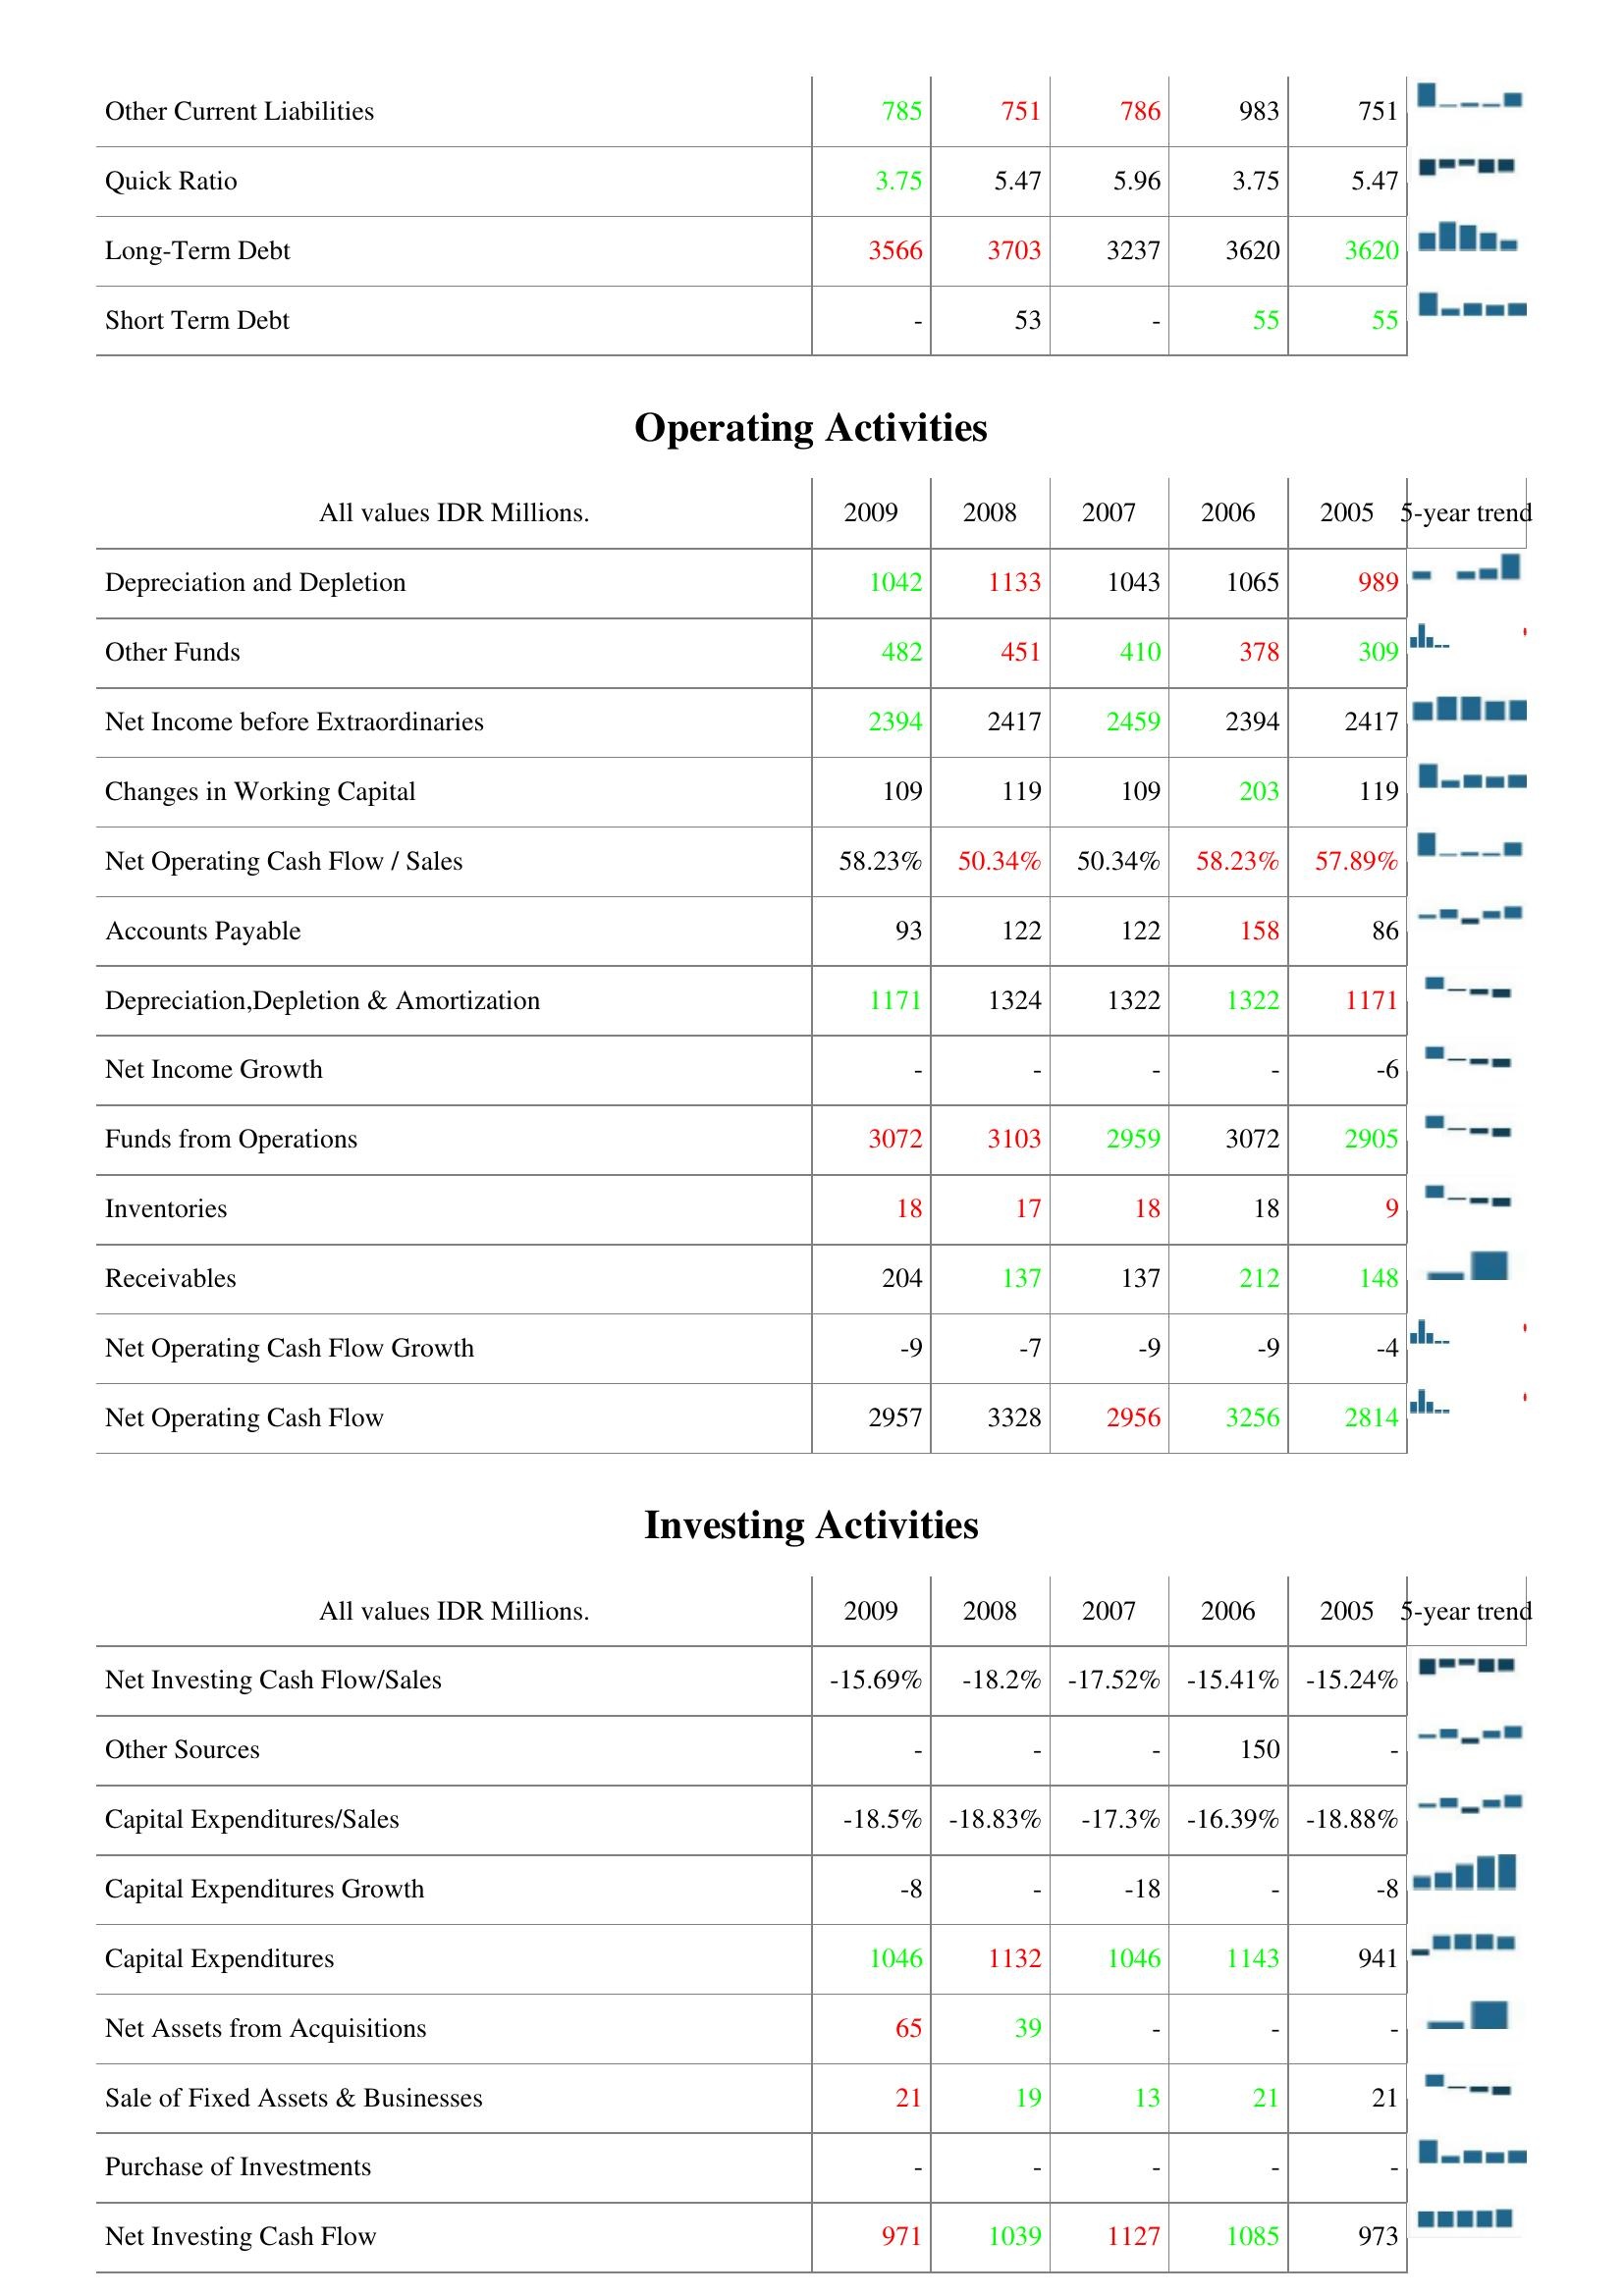
2009: Liabilities & Shareholder's Equity: Other Current Liabilities: 785
Quick Ratio: 3.75
Long-Term Debt: 3566
Short Term Debt: -
Operating Activities: Depreciation and Depletion: 1042
Other Funds: 482
Net Income before Extraordinaries: 2394
Changes in Working Capital: 109
Net Operating Cash Flow / Sales: 58.23%
Accounts Payable: 93
Depreciation,Depletion & Amortization: 1171
Net Income Growth: -
Funds from Operations: 3072
Inventories: 18
Receivables: 204
Net Operating Cash Flow Growth: -9
Net Operating Cash Flow: 2957
Investing Activities: Net Investing Cash Flow/Sales: -15.69%
Other Sources: -
Capital Expenditures/Sales: -18.5%
Capital Expenditures Growth: -8
Capital Expenditures: 1046
Net Assets from Acquisitions: 65
Sale of Fixed Assets & Businesses: 21
Purchase of Investments: -
Net Investing Cash Flow: 971
2008: Liabilities & Shareholder's Equity: Other Current Liabilities: 751
Quick Ratio: 5.47
Long-Term Debt: 3703
Short Term Debt: 53
Operating Activities: Depreciation and Depletion: 1133
Other Funds: 451
Net Income before Extraordinaries: 2417
Changes in Working Capital: 119
Net Operating Cash Flow / Sales: 50.34%
Accounts Payable: 122
Depreciation,Depletion & Amortization: 1324
Net Income Growth: -
Funds from Operations: 3103
Inventories: 17
Receivables: 137
Net Operating Cash Flow Growth: -7
Net Operating Cash Flow: 3328
Investing Activities: Net Investing Cash Flow/Sales: -18.2%
Other Sources: -
Capital Expenditures/Sales: -18.83%
Capital Expenditures Growth: -
Capital Expenditures: 1132
Net Assets from Acquisitions: 39
Sale of Fixed Assets & Businesses: 19
Purchase of Investments: -
Net Investing Cash Flow: 1039
2007: Liabilities & Shareholder's Equity: Other Current Liabilities: 786
Quick Ratio: 5.96
Long-Term Debt: 3237
Short Term Debt: -
Operating Activities: Depreciation and Depletion: 1043
Other Funds: 410
Net Income before Extraordinaries: 2459
Changes in Working Capital: 109
Net Operating Cash Flow / Sales: 50.34%
Accounts Payable: 122
Depreciation,Depletion & Amortization: 1322
Net Income Growth: -
Funds from Operations: 2959
Inventories: 18
Receivables: 137
Net Operating Cash Flow Growth: -9
Net Operating Cash Flow: 2956
Investing Activities: Net Investing Cash Flow/Sales: -17.52%
Other Sources: -
Capital Expenditures/Sales: -17.3%
Capital Expenditures Growth: -18
Capital Expenditures: 1046
Net Assets from Acquisitions: -
Sale of Fixed Assets & Businesses: 13
Purchase of Investments: -
Net Investing Cash Flow: 1127
2006: Liabilities & Shareholder's Equity: Other Current Liabilities: 983
Quick Ratio: 3.75
Long-Term Debt: 3620
Short Term Debt: 55
Operating Activities: Depreciation and Depletion: 1065
Other Funds: 378
Net Income before Extraordinaries: 2394
Changes in Working Capital: 203
Net Operating Cash Flow / Sales: 58.23%
Accounts Payable: 158
Depreciation,Depletion & Amortization: 1322
Net Income Growth: -
Funds from Operations: 3072
Inventories: 18
Receivables: 212
Net Operating Cash Flow Growth: -9
Net Operating Cash Flow: 3256
Investing Activities: Net Investing Cash Flow/Sales: -15.41%
Other Sources: 150
Capital Expenditures/Sales: -16.39%
Capital Expenditures Growth: -
Capital Expenditures: 1143
Net Assets from Acquisitions: -
Sale of Fixed Assets & Businesses: 21
Purchase of Investments: -
Net Investing Cash Flow: 1085
2005: Liabilities & Shareholder's Equity: Other Current Liabilities: 751
Quick Ratio: 5.47
Long-Term Debt: 3620
Short Term Debt: 55
Operating Activities: Depreciation and Depletion: 989
Other Funds: 309
Net Income before Extraordinaries: 2417
Changes in Working Capital: 119
Net Operating Cash Flow / Sales: 57.89%
Accounts Payable: 86
Depreciation,Depletion & Amortization: 1171
Net Income Growth: -6
Funds from Operations: 2905
Inventories: 9
Receivables: 148
Net Operating Cash Flow Growth: -4
Net Operating Cash Flow: 2814
Investing Activities: Net Investing Cash Flow/Sales: -15.24%
Other Sources: -
Capital Expenditures/Sales: -18.88%
Capital Expenditures Growth: -8
Capital Expenditures: 941
Net Assets from Acquisitions: -
Sale of Fixed Assets & Businesses: 21
Purchase of Investments: -
Net Investing Cash Flow: 973